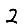
Digit: 2